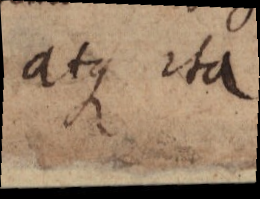
atque ita